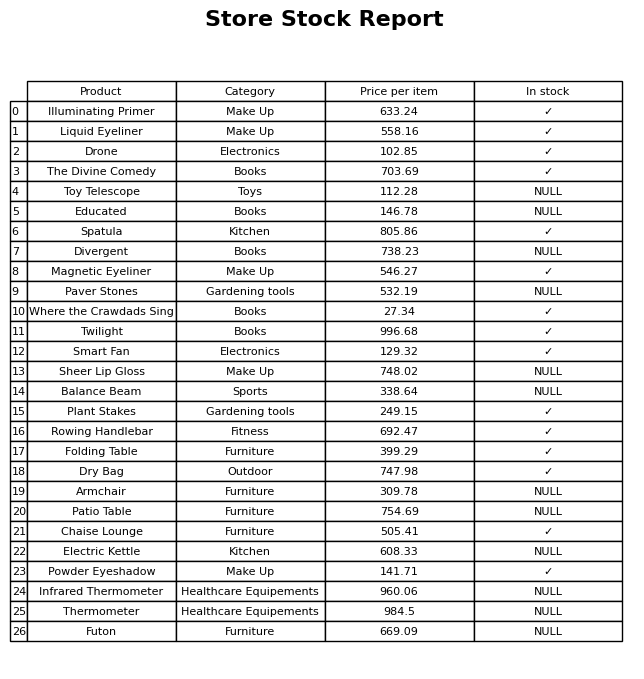
question: What is the price for Patio Table?
answer: The price of Patio Table is 754.69.